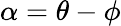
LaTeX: \alpha=\theta-\phi